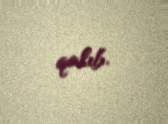
qalıb.